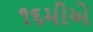
૧૬મીએ